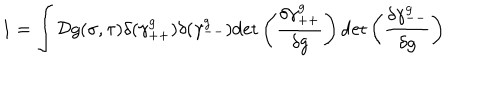
1 = \int { \cal D } g ( \sigma , \tau ) \delta ( \gamma _ { + + } ^ { g } ) \delta ( \gamma _ { -- } ^ { g } ) \mathrm { d e t } \left( \frac { \delta \gamma _ { + + } ^ { g } } { \delta g } \right) \mathrm { d e t } \left( \frac { \delta \gamma _ { -- } ^ { g } } { \delta g } \right)